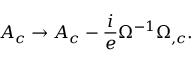
A _ { c } \rightarrow A _ { c } - \frac { i } { e } \Omega ^ { - 1 } \Omega _ { , c } .